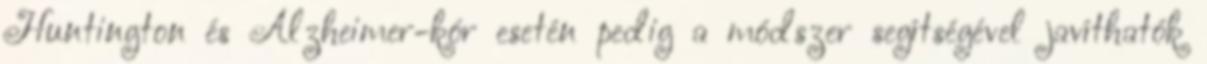
Huntington és Alzheimer-kór esetén pedig a módszer segítségével javíthatók